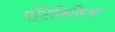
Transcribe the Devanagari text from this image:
पोंटेफिसिआ